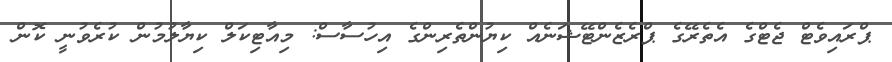
ޕްރައިވެޓް ޖެޓްގެ އެތެރޭގެ ޕްރެޒެންޓޭޝަނެއް ކިޔުންތެރިންގެ އިހުސާސް: މިއާޓިކަލް ކިޔާލުމުން ކުރެވުނީ ކޮން